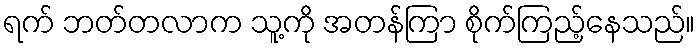
ရက် ဘတ်တလာက သူ့ကို အတန်ကြာ စိုက်ကြည့်နေသည်။